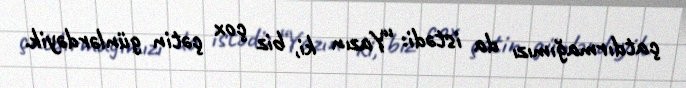
çatdırmağımızı da istədi: “Yazın ki, biz çox çətin günlərdəyik.